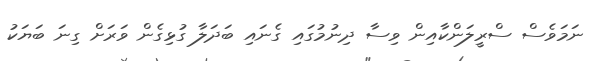
ނަމަވެސް ސްރީލަންކާއިން ވިސާ ދިނުމުގައި ގެނައި ބަދަލާ ގުޅިގެން ވަރަށް ގިނަ ބަޔަކު